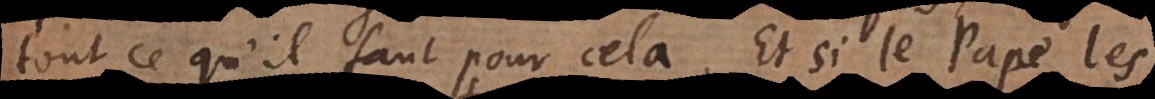
tout ce qu’il faut pour cela. Et si le Pape les